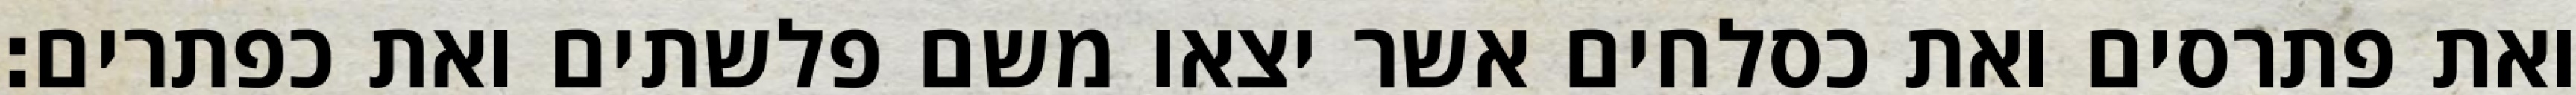
ואת פתרסים ואת כסלחים אשר יצאו משם פלשתים ואת כפתרים׃